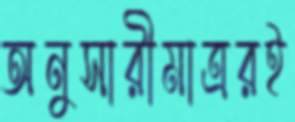
অনুসারীমাত্ররই